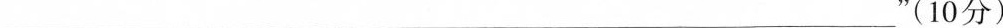
___”(10分)